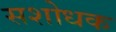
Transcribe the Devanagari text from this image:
सशोधक